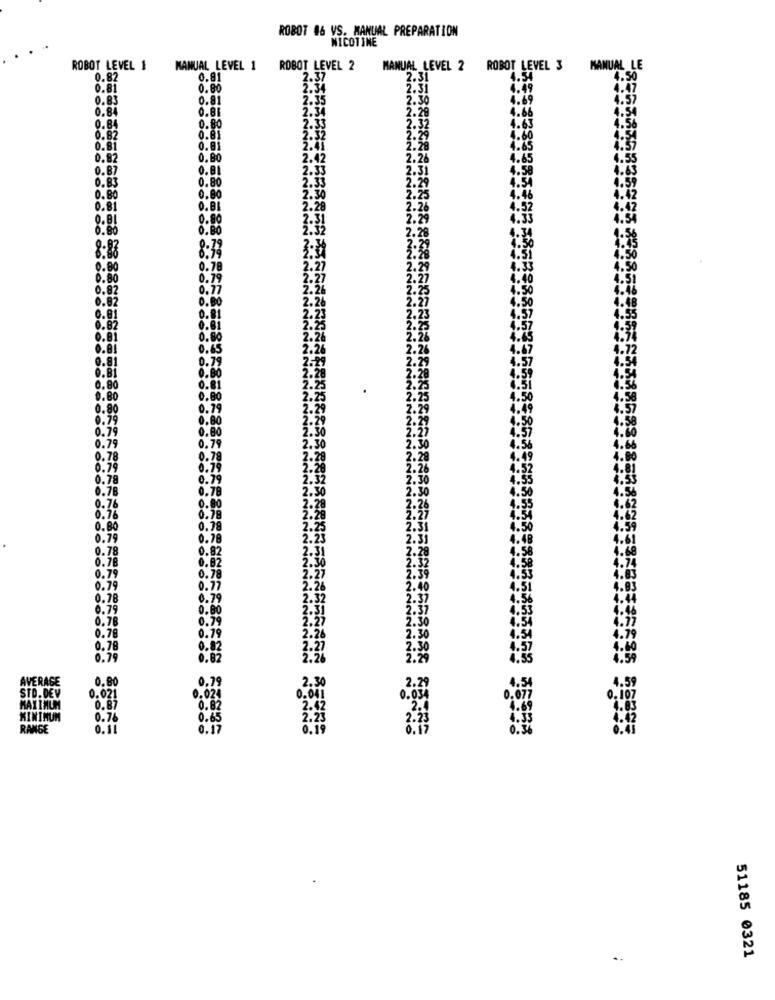
ROBOT 46 VS. MANUAL PREPARATION
NICOTINE
ROBOT LEVEL 1
MANUAL LEVEL 1
ROBOT LEVEL 2
MANUAL LEVEL 2
ROBOT LEVEL 3
MANUAL LE
0.82
0.81
2.37
2.31
4.54
4.50
0.81
0.80
2.34
2.31
49
4.47
0.83
0.81
2.35
2.30
4.69
4.57
0.84
0.85
2.54
2.28
4.66
4.54
4.63
4.56
0.84
0.80
2.33
0.82
2.32
4.60
0.81
ō.ªi
2.41
4.65
0.82
0.8
2.42
2.2
4.65
4.55
0.87
0.81
2.33
4.58
4.63
0.83
0.80
2.33
4.59
0.80
0.80
4.42
0.81
0.85
.28
4.52
4.42
0.81
0.80
4.54
0.80
8:88
0.80
0.78
0.80
0.79
0.82
2.26
0.82
0.00
2.26
0.01
0.81
2.23
0.82
0.81
0.81
0.80
2.26
0.65
2.26
0.79
0.80
0.80
0.80
0.80
0.79
0.80
0.80
0.79
0.78
0.79
0.79
0.78
0.80
0.78
0.80
0.78
0.79
0.28
2.23
0.78
0.82
0.78
0.82
0,78
0.79
2.27
0.79
0.77
2.26
4.83
0.78
0.79
2.32
0.79
0.80
2.31
4.46
0.76
0.79
0.78
0.79
2.26
0.78
0.82
2.27
0.79
0.82
2.2
4.5
.59
AVERAGE
0.80
2.30
4.59
0.79
2.2
1.54
STD. DEV
0.021
0.025
0.001
0.834
1.677
0,107
MAXIMUM
0.87
0.8
2.12
1.83
MININUM
0.76
0.65
4.42
RANGE
0.17
6.79
51185 0321